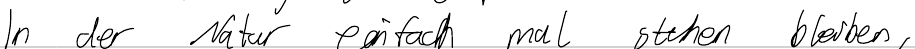
In der Natur einfach mal stehen bleiben,